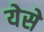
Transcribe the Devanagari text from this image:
येसे